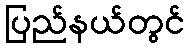
ပြည်နယ်တွင်